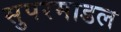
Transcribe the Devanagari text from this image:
सुपरमाडल